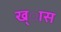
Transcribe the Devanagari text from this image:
ख्ास